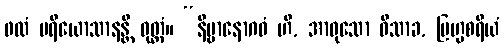
ဖလံ ပရိယောသာနန္တိ ဝုတ္တံ။ “နိဗ္ဗာနောဂဓံ ဟိ, အာဝုသော ဝိသာခ, ဗြဟ္မစရိယံ